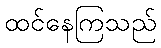
ထင်နေကြသည်